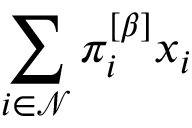
\sum _ { i \in \mathcal { N } } \pi _ { i } ^ { \left[ \beta \right] } x _ { i }